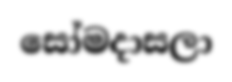
සෝමදාසලා